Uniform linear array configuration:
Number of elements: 48
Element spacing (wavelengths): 0.75
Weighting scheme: hamming
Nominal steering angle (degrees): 60
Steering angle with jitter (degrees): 58.92
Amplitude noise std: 0.05
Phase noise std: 0.05

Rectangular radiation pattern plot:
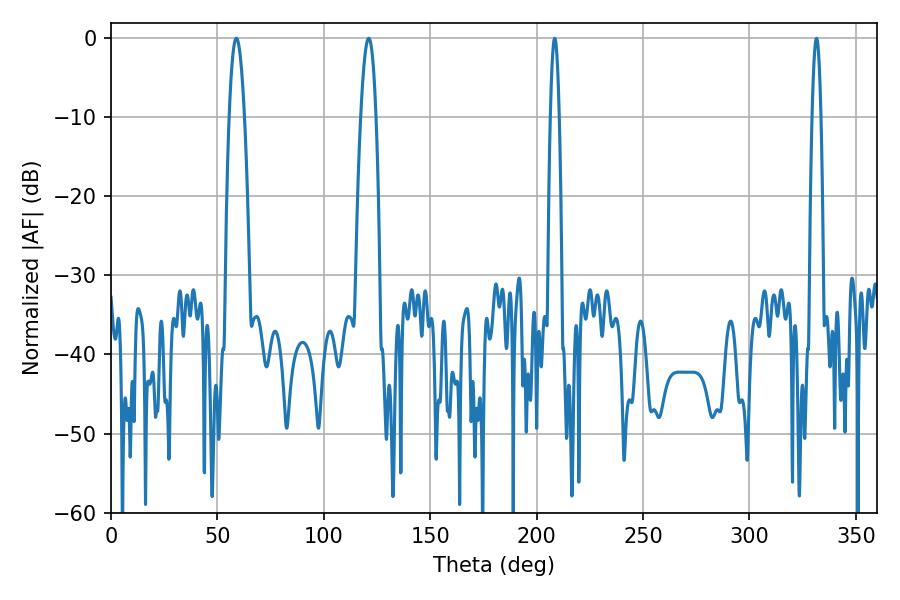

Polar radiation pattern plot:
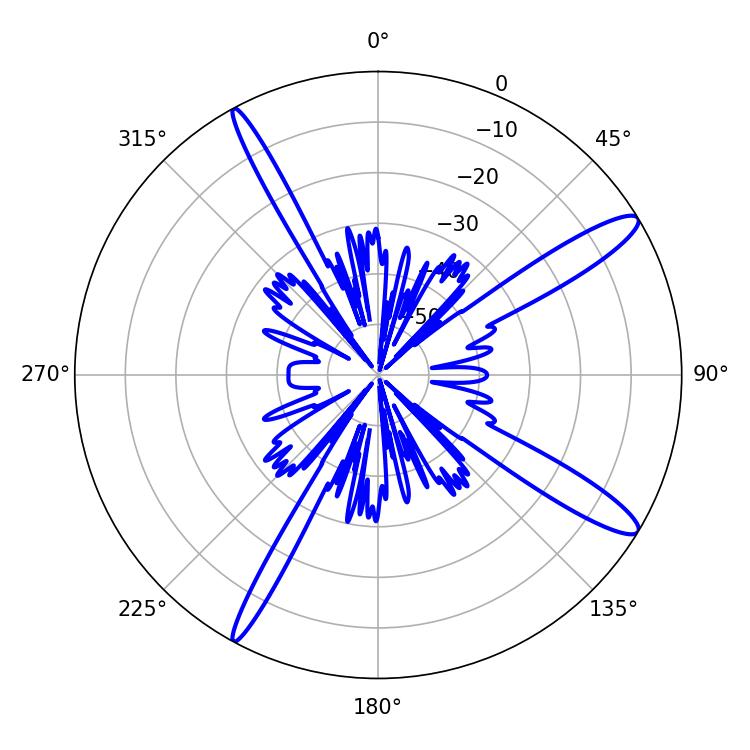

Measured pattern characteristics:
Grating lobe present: TRUE
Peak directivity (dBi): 13.644
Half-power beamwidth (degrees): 3.78
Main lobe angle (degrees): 58.86